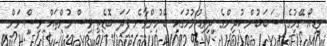
ވީޑިއޯ ގޭމުގެ ސަބަބުން ކުދިންގެ ދިރިއުޅުމުގައި ބޭނުންވާނެ ފަދަ ބޮޑެތި ވިސްނުންތައް ވިސްނަން